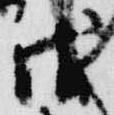
戊